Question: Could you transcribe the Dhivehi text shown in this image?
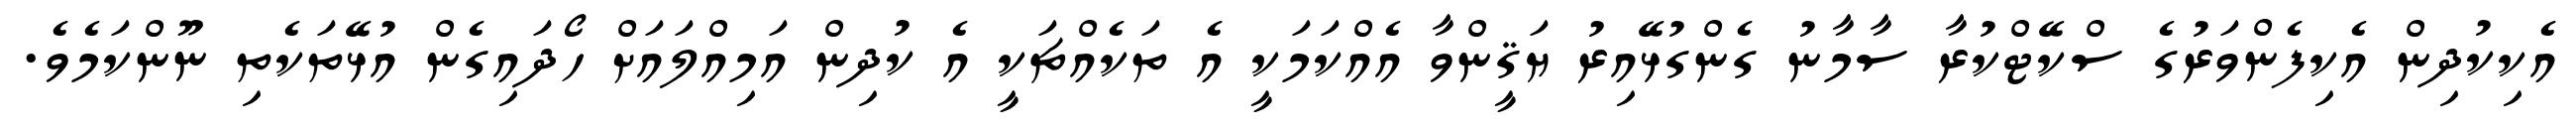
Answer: އެކިކުދިން އެކިފެންވަރުގެ ސްކޭޓްކުރާ ސާމާނު ގެންގުޅޭއިރު ޔަޤީންވާ އެއްކަމަކީ އެ ތަކެއްޗަކީ އެ ކުދިން އަމިއްލައަށް ހޯދައިގެން އުޅޭތަކެތި ނޫންކަމެވެ.